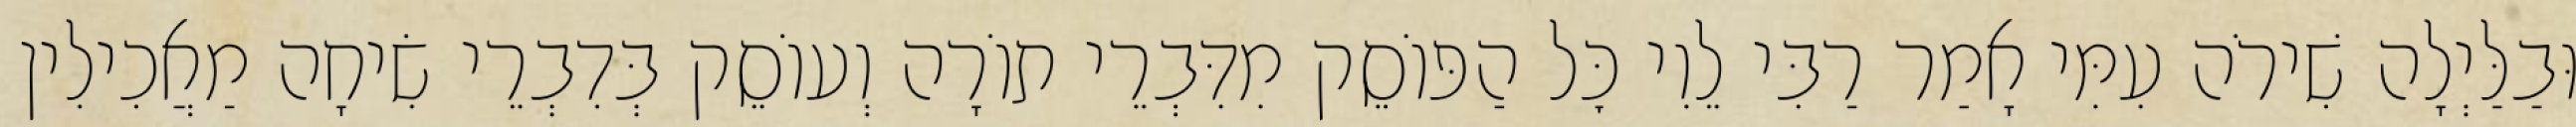
וּבַלַּיְלָה שִׁירֹה עִמִּי אָמַר רַבִּי לֵוִי כׇּל הַפּוֹסֵק מִדִּבְרֵי תוֹרָה וְעוֹסֵק בְּדִבְרֵי שִׂיחָה מַאֲכִילִין